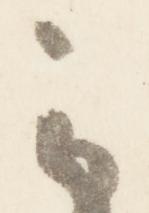
云